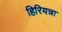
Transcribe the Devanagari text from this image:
हिरियन्ना